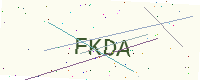
Text: FKDA